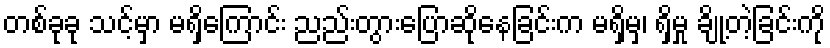
တစ်ခုခု သင့်မှာ မရှိကြောင်း ညည်းတွားပြောဆိုနေခြင်းက မရှိမှ၊ ရှိမှု ချို့တဲ့ခြင်းကို